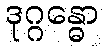
ဒုဂ္ဂန္ဓော